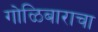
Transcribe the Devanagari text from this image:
गोळिबाराचा